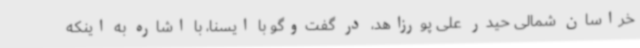
خراسان شمالی حیدر علی پورزاهد، در گفت‌وگو با ایسنا، با اشاره به اینکه